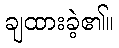
ချထားခဲ့၏။